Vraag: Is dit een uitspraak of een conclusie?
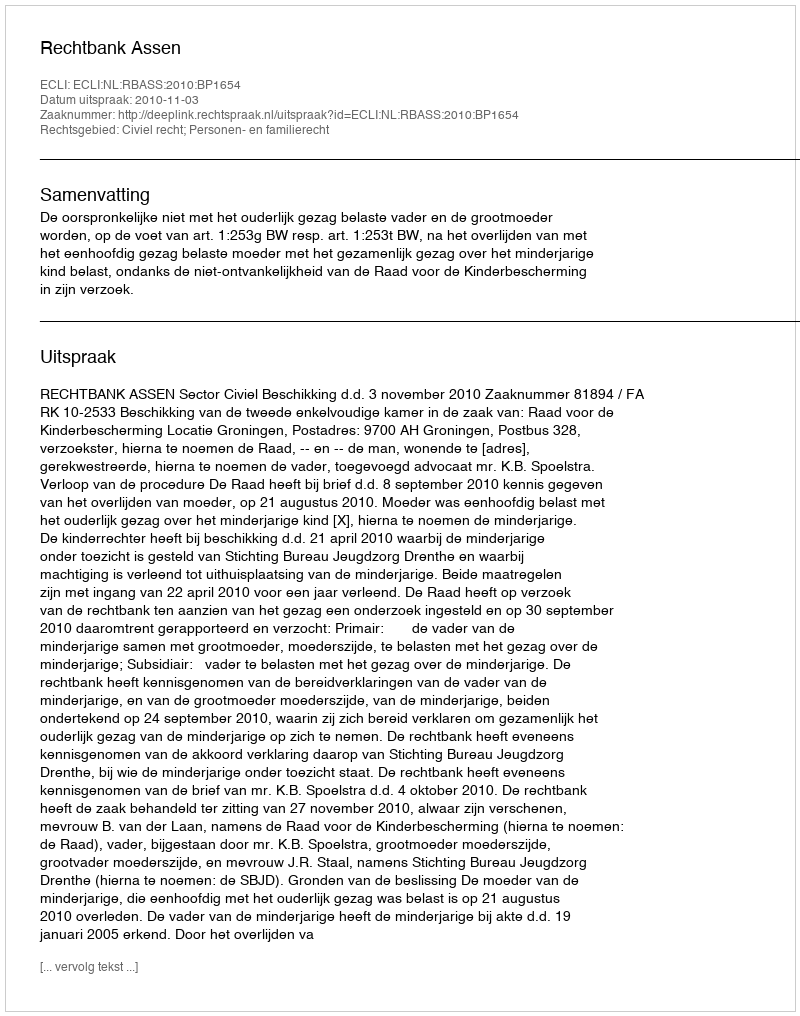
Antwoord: Uitspraak